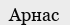
Арнас